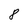
Character: 8